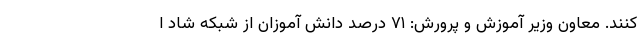
کنند. معاون وزیر آموزش و پرورش: ۷۱ درصد دانش آموزان از شبکه شاد ا